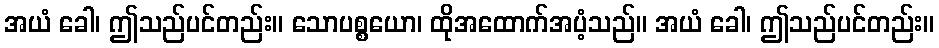
အယံ ခေါ၊ ဤသည်ပင်တည်း။ သောပစ္စယော၊ ထိုအထောက်အပံ့သည်။ အယံ ခေါ၊ ဤသည်ပင်တည်း။